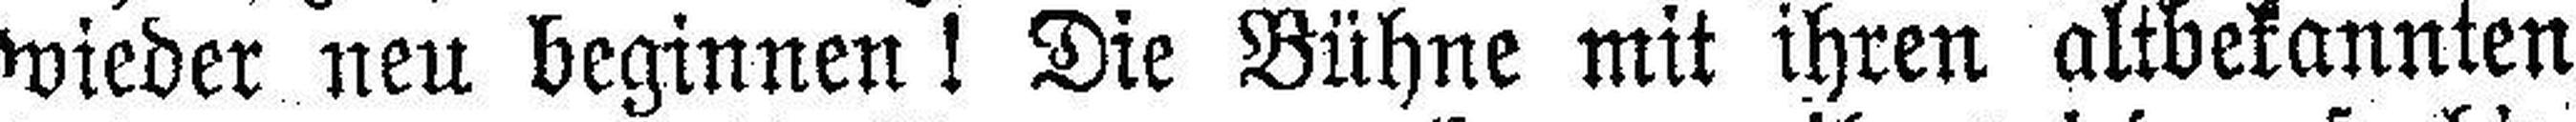
wieder neu beginnen! Die Bühne mit ihren altbekannten